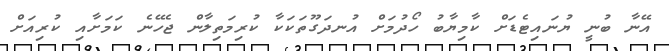
އޭނާ ބުނީ ޔުނައިޓެޑަށް ކާމިޔާބު ހޯދުމަށް އުނދަގޫތަކަކާ ކުރިމަތިލާން ޖެހޭނެ ކަމަށާއި ކުރިއަށް